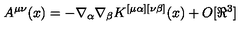
A ^ { \mu \nu } ( x ) = - \nabla _ { \alpha } \nabla _ { \beta } K ^ { [ \mu \alpha ] [ \nu \beta ] } ( x ) + O [ \Re ^ { 3 } ]